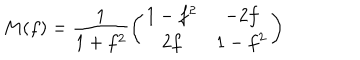
M ( f ) = \frac { 1 } { 1 + f ^ { 2 } } \left( \begin{matrix} { { 1 - f ^ { 2 } } } & { { - 2 f } } \\ { { 2 f } } & { { 1 - f ^ { 2 } } } \\ \end{matrix} \right)